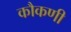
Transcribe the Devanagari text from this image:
कौकणी